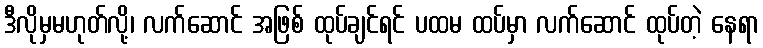
ဒီလိုမှမဟုတ်လို့၊ လက်ဆောင် အဖြစ် ထုပ်ချင်ရင် ပထမ ထပ်မှာ လက်ဆောင် ထုပ်တဲ့ နေရာ